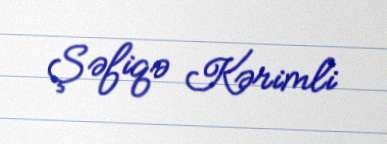
Şəfiqə Kərimli